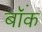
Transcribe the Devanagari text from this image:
बॉंक